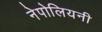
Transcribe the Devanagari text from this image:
नेपोलियनी